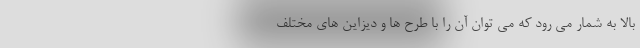
بالا به شمار می رود که می توان آن را با طرح ها و دیزاین های مختلف